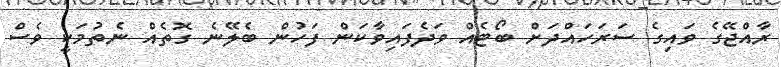
ރާއްޖޭގެ ވައިގެ ސަރަހައްދަށް ބޯޓެއް ވަދެފައިވާކަން ފަހުން ބެލޭނެ ގޮތެއް ނެތުމަކީ ވެސް